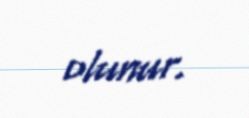
olunur.